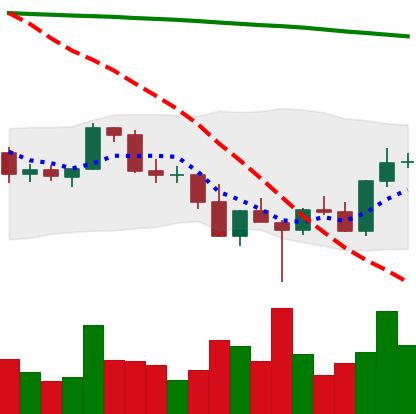
Ticker: BNB-USD
Chart end date: 2022-03-02
Forward return: -6.762%
Label: down_5_7